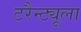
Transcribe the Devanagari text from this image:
टरैन्ट्यूला